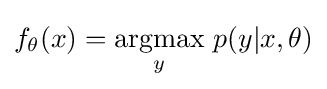
f_{\theta }(x)={\underset {y}{\operatorname {argmax} }}\ p(y|x,\theta )